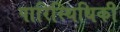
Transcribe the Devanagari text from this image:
पारिस्थिथिकी